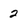
Character: 2